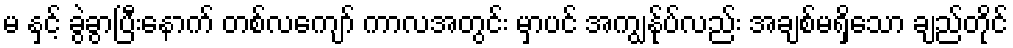
မ နှင့် ခွဲခွာပြီးနောက် တစ်လကျော် ကာလအတွင်း မှာပင် အကျွန်ုပ်လည်း အချစ်မရှိသော ချည်တိုင်